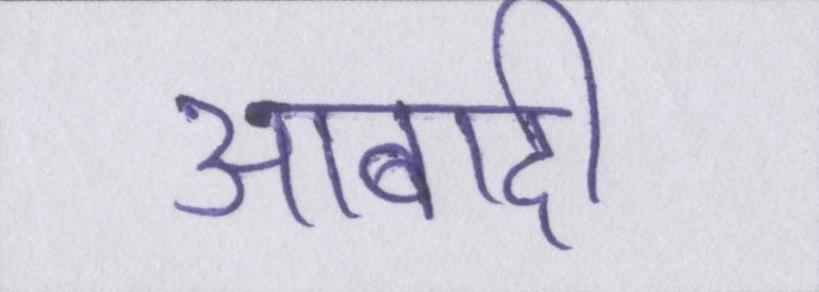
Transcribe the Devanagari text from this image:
आबादी